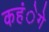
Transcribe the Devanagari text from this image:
कहंेगे